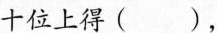
十位上得()，